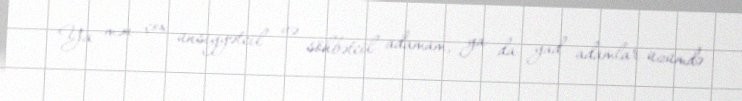
Ya mən çox ünsiyyətcil və söhbətcil adamam, ya da yad adamlar üzümdə